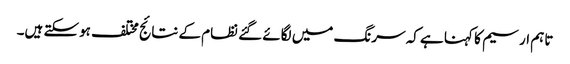
تاہم ارسیم کا کہنا ہے کہ سرنگ میں لگائے گئے نظام کے نتائج مختلف ہوسکتے ہیں۔